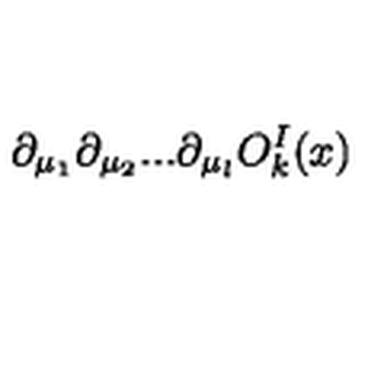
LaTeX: \partial _ { \mu _ { 1 } } \partial _ { \mu _ { 2 } } . . . \partial _ { \mu _ { l } } O _ { k } ^ { I } ( x )